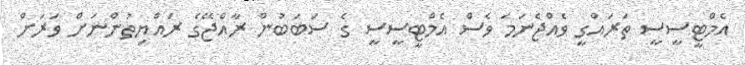
އެމްޓީސީސީ ތަރައްގީ ވެއްޖެނަމަ ވެސް އެމްޓީސީސީ ގެ ސަަބަބުން ރާއްޖޭގެ ރައްޔިތުންނަށް ވަރަށް